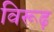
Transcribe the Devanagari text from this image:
विरूढ़